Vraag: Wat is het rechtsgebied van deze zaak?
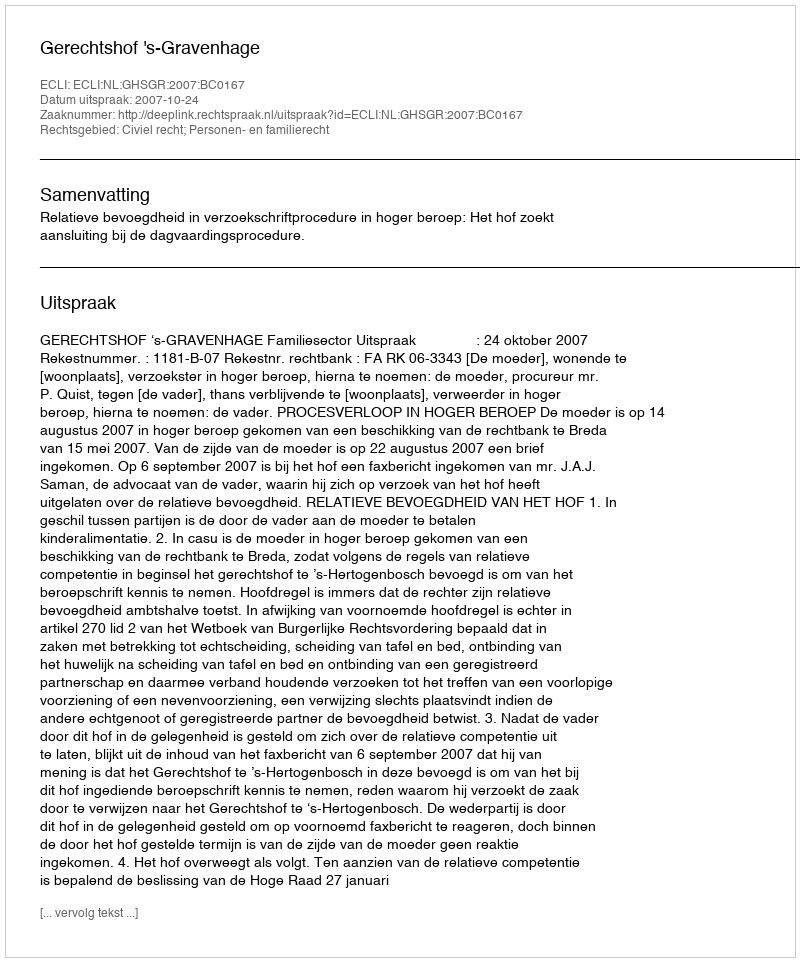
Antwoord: Civiel recht; Personen- en familierecht